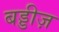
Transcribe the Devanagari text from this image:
बड्डीज़